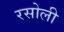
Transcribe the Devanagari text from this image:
रसोली